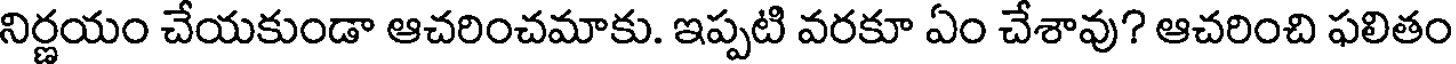
నిర్ణయం చేయకుండా ఆచరించమాకు. ఇప్పటి వరకూ ఏం చేశావు? ఆచరించి ఫలితం